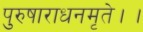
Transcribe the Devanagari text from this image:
पुरुषाराधनमृते।।